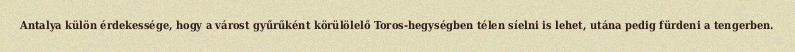
Antalya külön érdekessége, hogy a várost gyűrűként körülölelő Toros-hegységben télen síelni is lehet, utána pedig fürdeni a tengerben.